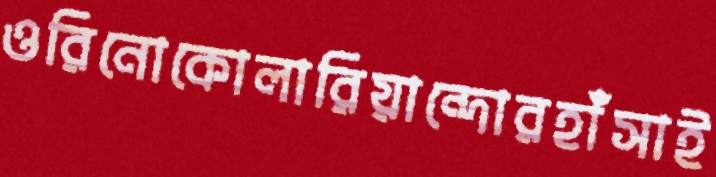
ওরিনোকোলারিয়ান্দোরহাঁসাই